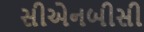
સીએનબીસી